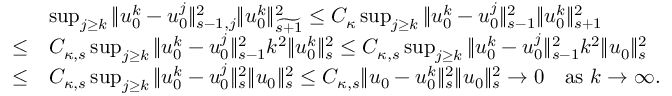
\begin{array} { r l } & { \operatorname* { s u p } _ { j \geq k } \| u _ { 0 } ^ { k } - u _ { 0 } ^ { j } \| _ { s - 1 , j } ^ { 2 } \| u _ { 0 } ^ { k } \| _ { \widetilde { s + 1 } } ^ { 2 } \leq C _ { \kappa } \operatorname* { s u p } _ { j \geq k } \| u _ { 0 } ^ { k } - u _ { 0 } ^ { j } \| _ { s - 1 } ^ { 2 } \| u _ { 0 } ^ { k } \| _ { s + 1 } ^ { 2 } } \\ { \leq } & { C _ { \kappa , s } \operatorname* { s u p } _ { j \geq k } \| u _ { 0 } ^ { k } - u _ { 0 } ^ { j } \| _ { s - 1 } ^ { 2 } k ^ { 2 } \| u _ { 0 } ^ { k } \| _ { s } ^ { 2 } \leq C _ { \kappa , s } \operatorname* { s u p } _ { j \geq k } \| u _ { 0 } ^ { k } - u _ { 0 } ^ { j } \| _ { s - 1 } ^ { 2 } k ^ { 2 } \| u _ { 0 } \| _ { s } ^ { 2 } } \\ { \leq } & { C _ { \kappa , s } \operatorname* { s u p } _ { j \geq k } \| u _ { 0 } ^ { k } - u _ { 0 } ^ { j } \| _ { s } ^ { 2 } \| u _ { 0 } \| _ { s } ^ { 2 } \leq C _ { \kappa , s } \| u _ { 0 } - u _ { 0 } ^ { k } \| _ { s } ^ { 2 } \| u _ { 0 } \| _ { s } ^ { 2 } \to 0 \quad \mathrm { a s ~ } k \to \infty . } \end{array}